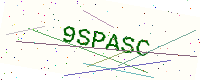
Text: 9SPASC